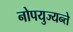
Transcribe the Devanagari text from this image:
नोपयुज्यन्ते